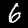
Digit: 6